Civil Veterinary Department. United Provinces 1923-31 - 1923-1931
Year: 1923
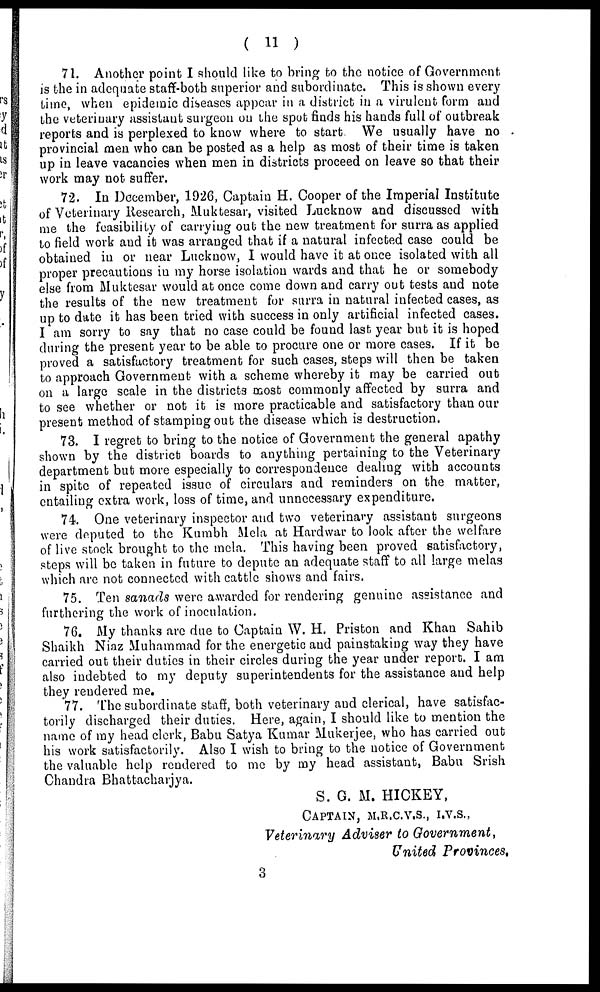
( 11 )
71. Another point I should like to bring to the notice of Government.
is the in adequate staff-both superior and subordinate. This is shown every
Lime, when epidemic diseases appear in a district in a virulent form and
the veterinary assistant surgeon on the spot finds his hands full of outbreak
reports and is perplexed to know where to start. We usually have no
provincial men who can be posted as a help as most of their time is taken
up in leave vacancies when men in districts proceed on leave so that their
work may not suffer.
72. In December, 1926, Captain H. Cooper of the Imperial Institute
of Veterinary Research, Muktesar, visited Lucknow and discussed with
me the feasibility of carrying out the new treatment for surra as applied
to field work and it was arranged that if a natural infected case could be
obtained in or near Lucknow, I would have it at once isolated with all
proper precautious in my horse isolation wards and that he or somebody
else from Muktesar would at once come down and carry out tests and note
the results of the new treatment for surra in natural infected cases, as
up to date it has been tried with success in only artificial infected cases.
I am sorry to say that no case could be found last year but it is hoped
during the present year to be able to procure one or more cases. If it be
proved a satisfactory treatment for such cases, steps will then be taken
to approach Government with a scheme whereby it may be carried out
on a large scale in the districts most commonly affected by surra and
to see whether or not it is more practicable and satisfactory than our
present method of stamping out the disease which is destruction.
73. I regret to bring to the notice of Government the general apathy
shown by the district boards to anything pertaining to the Veterinary
department but more especially to correspondence dealing with accounts
in spite of repeated issue of circulars and reminders on the matter,
entailing extra work, loss of time, and unnecessary expenditure.
74. One veterinary inspector and two veterinary assistant surgeons
were deputed to the Kumbh Mela at Hardwar to look after the welfare
of live stock brought to the mela. This having been proved satisfactory,
steps will be taken in future to depute an adequate staff to all large melas
which are not connected with cattle shows and fairs.
75. Ten sanads were awarded for rendering genuine assistance and
furthering the work of inoculation.
76. My thanks are due to Captain W. H. Priston and Khan Sahib
Shaikh Niaz Muhammad for the energetic and painstaking way they have
carried out their duties in their circles during the year under report. I am
also indebted to my deputy superintendents for the assistance and help
they rendered me.
77. The subordinate staff, both veterinary and clerical, have satisfac-
torily discharged their duties. Here, again, I should like to mention the
name of my head clerk, Babu Satya Kumar Mukerjee, who has carried out
his work satisfactorily. Also I wish to bring to the notice of Government
the valuable help rendered to me by my head assistant, Babu Srish
Chandra Bhattacharjya.
S. G. M. HICKEY,
CAPTAIN, M.R.C.V.S., I.V.S.,
Veterinary Adviser to Government,
United
Provinces,
3